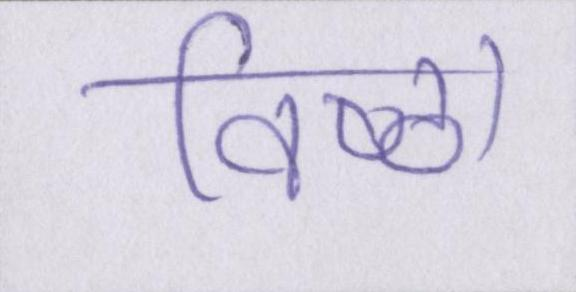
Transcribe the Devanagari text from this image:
विष्ठा